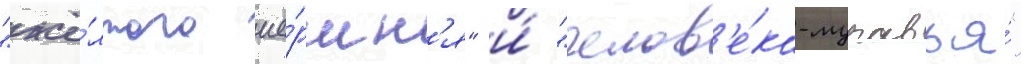
"жё́лтого ше́ршн'я" и́ "челов'е́ка-муравья́"